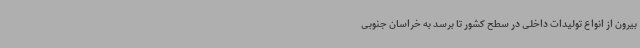
بیرون از انواع تولیدات داخلی در سطح کشور تا برسد به خراسان جنوبی